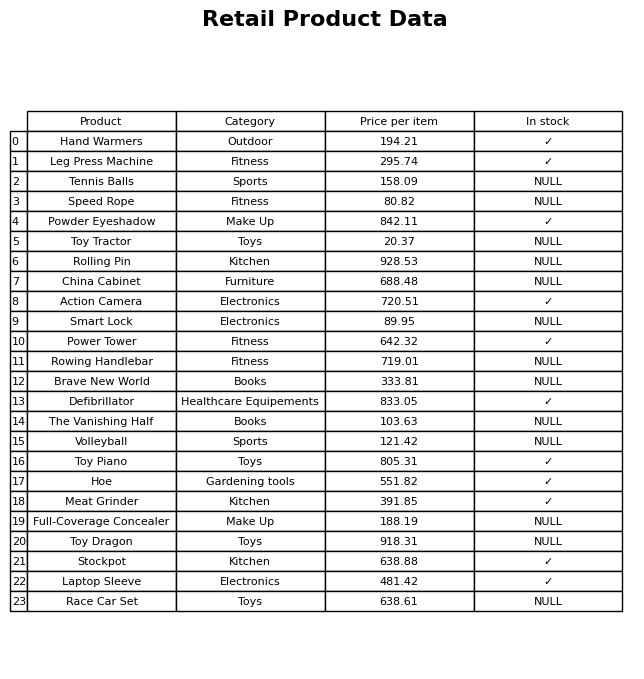
question: What is the price for Toy Piano?
answer: The price of Toy Piano is 805.31.